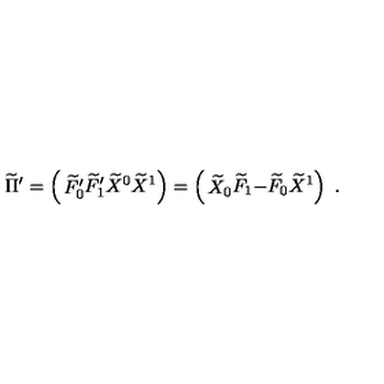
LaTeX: \widetilde \Pi ^ { \prime } = \left( \begin{matrix} { \widetilde F _ { 0 } ^ { \prime } } \\ { \widetilde F _ { 1 } ^ { \prime } } \\ { \widetilde X ^ { 0 } } \\ { \widetilde X ^ { 1 } } \\ \end{matrix} \right) = \left( \begin{matrix} { \widetilde X _ { 0 } } \\ { \widetilde F _ { 1 } } \\ { - \widetilde F _ { 0 } } \\ { \widetilde X ^ { 1 } } \\ \end{matrix} \right) \ .